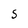
Character: S